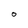
Character: 0